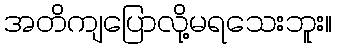
အတိကျပြောလို့မရသေးဘူး။